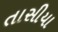
તાસીયા